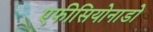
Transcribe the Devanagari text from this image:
एफीसियोनाडो